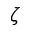
\zeta